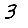
Digit: 3